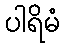
ပါရိမံ